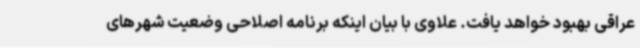
عراقی بهبود خواهد یافت. علاوی با بیان اینکه برنامه اصلاحی وضعیت شهرهای